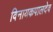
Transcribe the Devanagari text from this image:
विनायकपालदेव